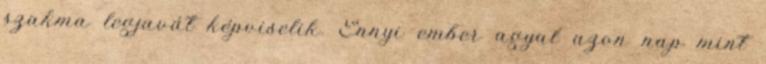
szakma legjavát képviselik. Ennyi ember agyal azon nap mint